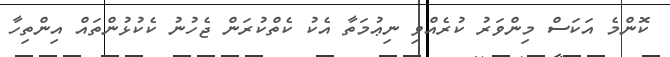
ކޮންމެ އަކަސް މިންވަރު ކުރެއްވި ނިޢުމަތާ އެކު ކެތްކުރަން ޖެހުނު ކެކުޅުންތައް އިންތިހާ